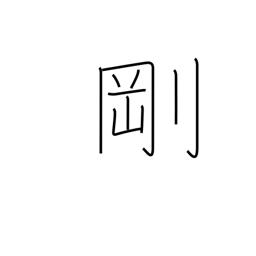
Meaning: sturdy